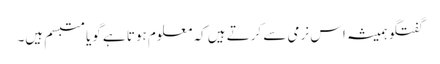
گفتگو ہمیشہ اس نرمی سے کرتے ہیں کہ معلوم ہوتا ہے گویا متبسم ہیں۔